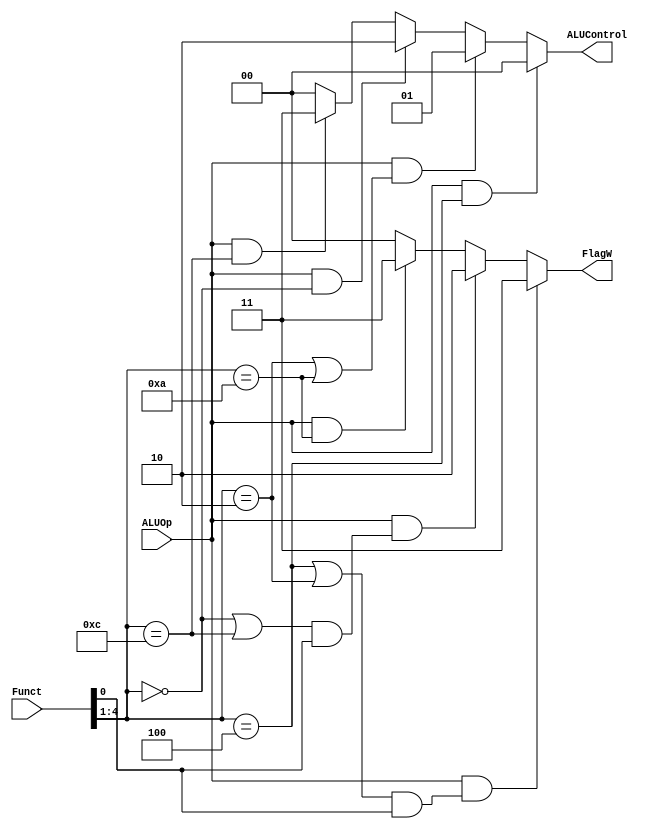
`timescale 1ns / 1ps
//////////////////////////////////////////////////////////////////////////////////
// Company: 
// Engineer: 
// 
// Design Name: 
// Module Name:    ALUDecoder 
// Project Name: 
// Target Devices: 
// Tool versions: 
// Description: 
//
// Dependencies: 
//
// Revision: 
// Revision 0.01 - File Created
// Additional Comments: 
//
//////////////////////////////////////////////////////////////////////////////////
module ALUDecoder(
    input [4:0] Funct,
    input ALUOp,	 
    output wire [1:0] ALUControl,
    output wire [1:0] FlagW
    );
	 
	 assign FlagW = (ALUOp && ((Funct[4:1] == 4'b0100) | (Funct[4:1] == 4'b0010)) & (Funct[0])) ? 2'b11 : 
						 (ALUOp && ((Funct[4:1] == 4'b0000) | (Funct[4:1] == 4'b1100)) & (Funct[0])) ? 2'b10 :
						 (ALUOp && (Funct[4:1] == 4'b1010))  ? 2'b11 :
						  2'b0;
	
	 assign ALUControl = (ALUOp && (Funct[4:1] == 4'b0100)) ?  2'b00 :
								(ALUOp && ((Funct[4:1] == 4'b0010) | (Funct[4:1] == 4'b1010))) ?  2'b01 :
								(ALUOp && (Funct[4:1] == 4'b0000)) ?  2'b10 : 
								(ALUOp && (Funct[4:1] == 4'b1100)) ?  2'b11 : 
								2'b00;
						
								

endmodule